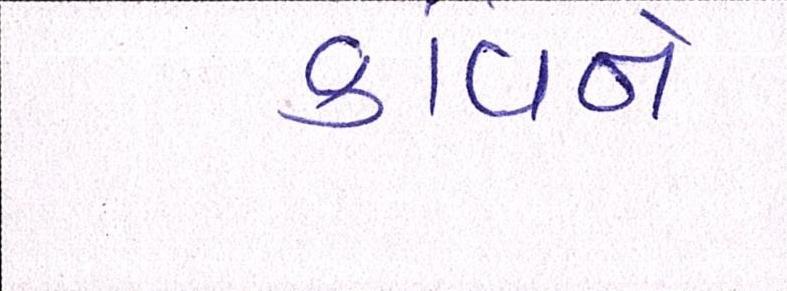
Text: કવિને